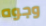
وجوه